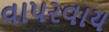
વાપરવાય